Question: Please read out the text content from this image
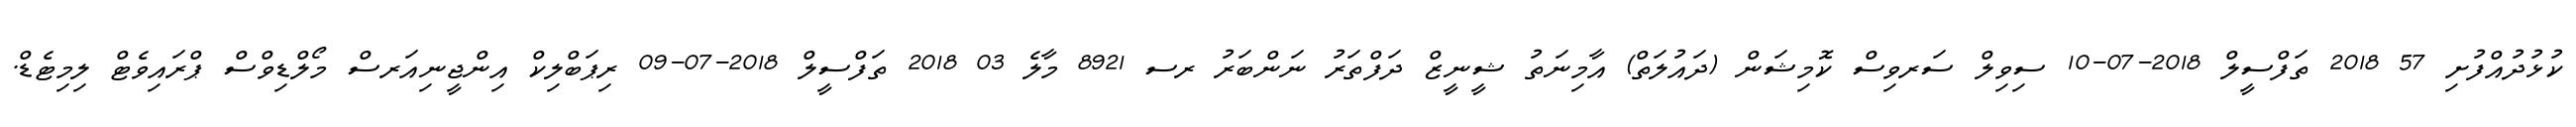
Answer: ކުޅުދުއްފުށި 57 2018 ތަފްސީލް 2018-07-10 ސިވިލް ސަރވިސް ކޮމިޝަން (ދައުލަތް) އާމިނަތު ޝީނީޒް ދަފްތަރު ނަންބަރު ރސ 8921 މާލެ 03 2018 ތަފްސީލް 2018-07-09 ރިޕަބްލިކް އިންޖީނިއަރސް މޯލްޑިވްސް ޕްރައިވެޓް ލިމިޓެޑް.